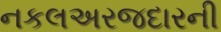
નકલઅરજદારની